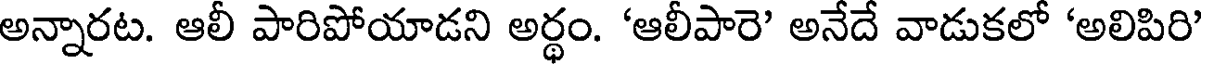
అన్నారట. ఆలీ పారిపోయాడని అర్థం. 'ఆలీపారె' అనేదే వాడుకలో 'అలిపిరి